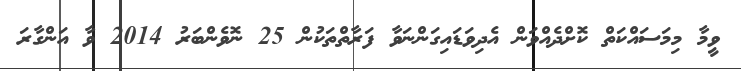
ވީމާ މިމަސައްކަތް ކޮށްދެއްވަން އެދިވަޑައިގަންނަވާ ފަރާތްތަކުން 25 ނޮވެންބަރު 2014 ވާ އަންގާރަ